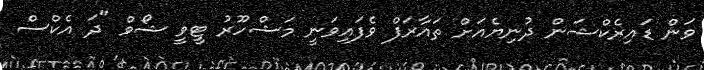
ވަން ޑައިރެކްޝަން ދުނިޔެއަށް ތައާރަފް ވެފައިވަނީ މަޝްހޫރު ޓީވީ ޝޯވް "ދަ އެކްސް